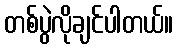
တစ်ပွဲလိုချင်ပါတယ်။